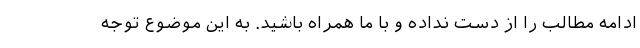
ادامه مطالب را از دست نداده و با ما همراه باشید. به این موضوع توجه